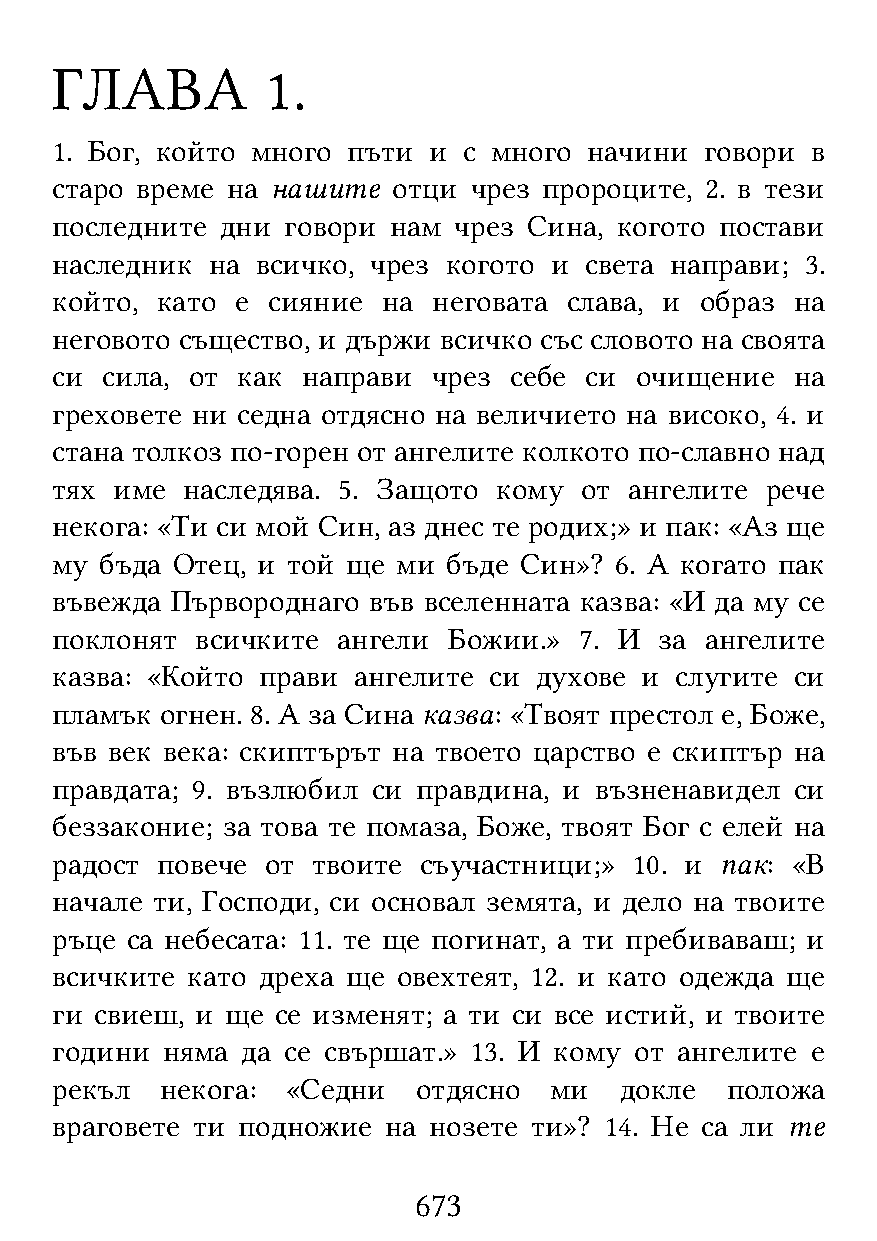
ГЛАВА          1.
 1. Бог, който много пъти и  с много начини  говори в
 старо време на нашите  отци чрез пророците, 2. в тези
 последните  дни говори нам чрез Сина, когото постави
 наследник  на всичко, чрез когото и света направи; 3.
 който, като  е сияние на  неговата слава, и образ на
 неговото същество, и държи всичко със словото на своята
 си  сила, от как направи  чрез себе си очищение   на
 греховете ни седна отдясно на величието на високо, 4. и
 стана толкоз по-горен от ангелите колкото по-славно над
 тях име  наследява. 5. Защото кому от  ангелите рече
 некога: «Ти си мой Син, аз днес те родих;» и пак: «Аз ще
 му  бъда Отец, и той ще ми бъде Син»? 6. А когато пак
 въвежда Първороднаго във вселенната казва: «И да му се
 поклонят  всичките ангели  Божии.» 7. И  за ангелите
 казва: «Който прави ангелите си духове и  слугите си
 пламък  огнен. 8. А за Сина казва: «Твоят престол е, Боже,
 във век века: скиптърът на твоето царство е скиптър на
 правдата; 9. възлюбил си правдина, и възненавидел си
 беззаконие; за това те помаза, Боже, твоят Бог с елей на
 радост повече  от твоите съучастници;» 10. и пак: «В
 начале ти, Господи, си основал земята, и дело на твоите
 ръце са небесата: 11. те ще погинат, а ти пребиваваш; и
 всичките като дреха ще овехтеят, 12. и като одежда ще
 ги свиеш, и ще се изменят; а ти си все истий, и твоите
 години  няма да се свършат.» 13. И кому от ангелите е
 рекъл   некога: «Седни   отдясно ми   докле  положа
 враговете ти подножие на нозете ти»? 14. Не са ли те
 673